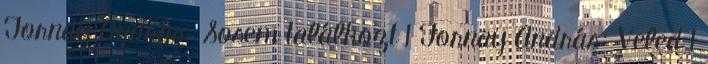
Tornay András: Sosem találkozt 1 Tornay András: Veled 1